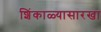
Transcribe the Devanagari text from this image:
शिंकाळ्यासारखा